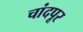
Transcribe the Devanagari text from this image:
चांदपूर